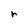
Character: r